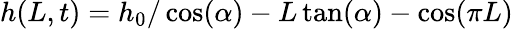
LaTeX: h(L,t)=h_{0}/\cos(\alpha)-L\tan(\alpha)-\cos(\pi L)